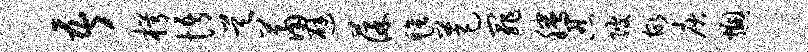
吾枵悟昊萧避葆毡芭罪腾忍陂故庾燠